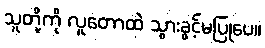
သူတို့ကို လူတောထဲ သွားခွင့်မပြုပေ။